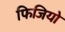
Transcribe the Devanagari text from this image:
फिजियो